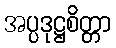
အပ္ပဒုဋ္ဌစိတ္တာ